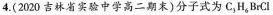
4.(2020吉林省实验中学高二期末)分子式为C_{3} H_{6} BrCl